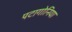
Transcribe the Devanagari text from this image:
पटागोनिया